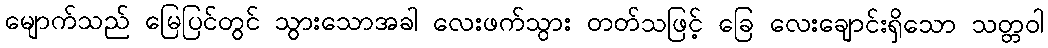
မျောက်သည် မြေပြင်တွင် သွားသောအခါ လေးဖက်သွား တတ်သဖြင့် ခြေ လေးချောင်းရှိသော သတ္တဝါ